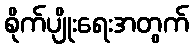
စိုက်ပျိုးရေးအတွက်